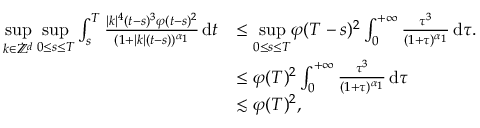
\begin{array} { r l } { \underset { k \in \dot { \mathbb Z } ^ { d } } { \operatorname* { s u p } } \, \underset { 0 \leq s \leq T } { \operatorname* { s u p } } \int _ { s } ^ { T } \frac { \vert k \vert ^ { 4 } ( t - s ) ^ { 3 } \varphi ( t - s ) ^ { 2 } } { ( 1 + \vert k \vert ( t - s ) ) ^ { \alpha _ { 1 } } } \, \mathrm { d } t } & { \leq \underset { 0 \leq s \leq T } { \operatorname* { s u p } } \varphi ( T - s ) ^ { 2 } \int _ { 0 } ^ { + \infty } \frac { \tau ^ { 3 } } { ( 1 + \tau ) ^ { \alpha _ { 1 } } } \, \mathrm { d } \tau . } \\ & { \leq \varphi ( T ) ^ { 2 } \int _ { 0 } ^ { + \infty } \frac { \tau ^ { 3 } } { ( 1 + \tau ) ^ { \alpha _ { 1 } } } \, \mathrm { d } \tau } \\ & { \lesssim \varphi ( T ) ^ { 2 } , } \end{array}